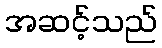
အဆင့်သည်